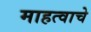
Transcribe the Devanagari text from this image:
माहत्वाचे